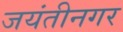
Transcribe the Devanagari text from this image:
जयंतीनगर